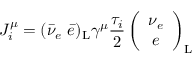
J _ { i } ^ { \mu } = ( \bar { \nu } _ { e } ~ \bar { e } ) _ { \mathrm { L } } \gamma ^ { \mu } \frac { \tau _ { i } } { 2 } \left( \begin{array} { c } { { \nu _ { e } } } \\ { { e } } \end{array} \right) _ { \mathrm { L } }